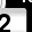
Digit: 2